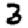
Digit: 3